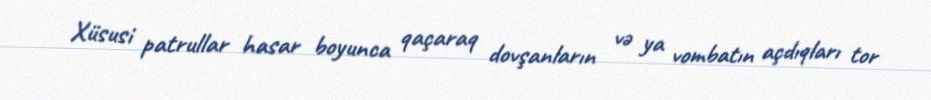
Xüsusi patrullar hasar boyunca qaçaraq dovşanların və ya vombatın açdıqları tor